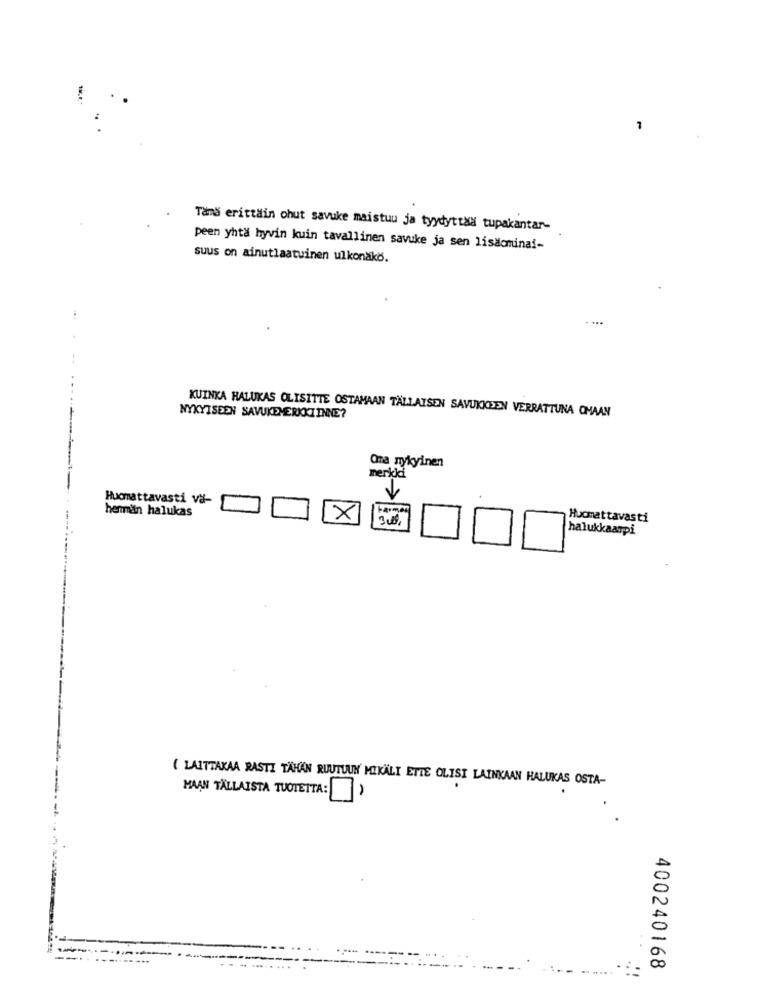
Tama erittäin ohut savuke maistuu ja tyydyttaa tupakantar-
peen yhtä hyvin kuin tavallinen savuke ja sen lisdominai-
suus on ainutlaatuinen ulkonako.
....
KUINKA HALUKAS OLISITTE OSTAMAAN TÄLLAISEN SAVUKKEEN VERRATTUNA OMAAN
NYKYISEEN SAVUKEMERKKIINNE?
Ora nykyinen
merkki
Huomattavasti vä-
henman halukas
X
Huomattavasti
halukkaarpi
( LAITTAKAA RASTI TÄHÄN RUUTUUN' MIKÄLI ETTE OLISI LAINKAAN HALUKAS OSTA-
MAAN TALLAISTA TUOTEITA: )
400240168